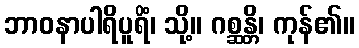
ဘာဝနာပါရိပူရိံ၊ သို့။ ဂစ္ဆန္တိ၊ ကုန်၏။